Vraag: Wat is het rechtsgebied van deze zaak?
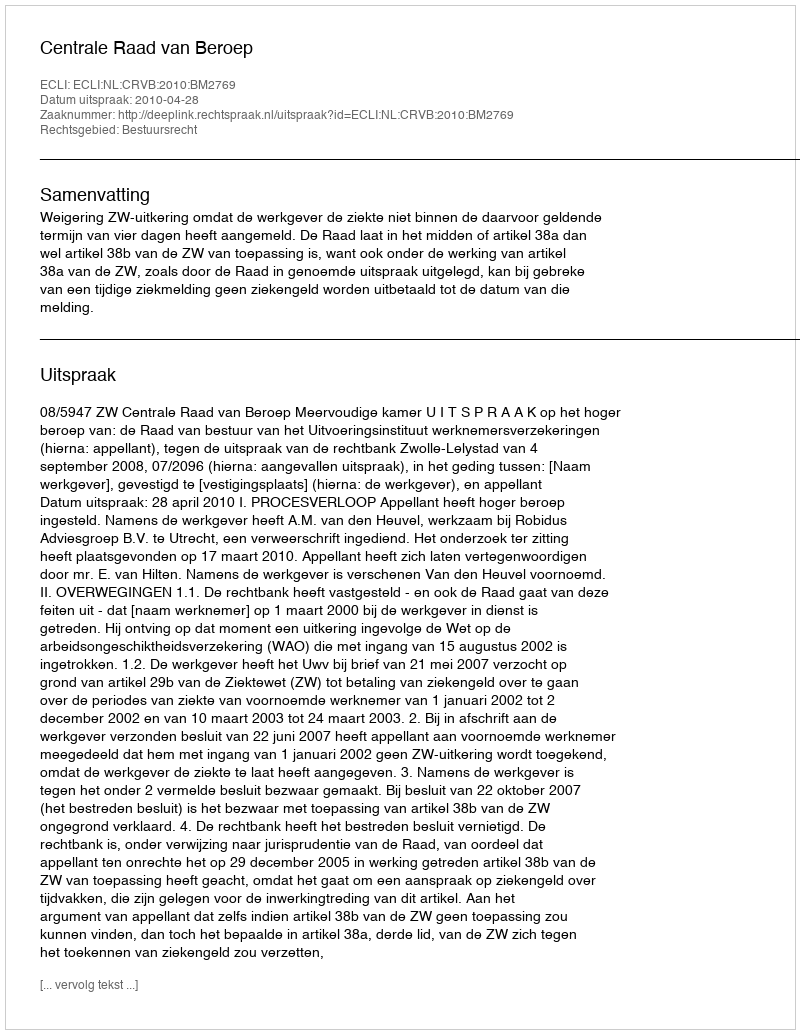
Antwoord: Bestuursrecht